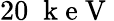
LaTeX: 20\; \mathrm{~k~e~V~}